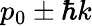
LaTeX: p_{0}\pm\hbar k